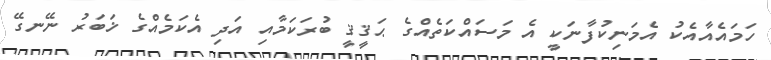
ހަމައެއާއެކު އެމަނިކުފާނަކީ އެ މަސައްކަތެއްގެ ޙަޤީޤީ ބުރަކަމާއި އަދި އެކަމެއްގެ ޚަބަރު ނޭނގޭ